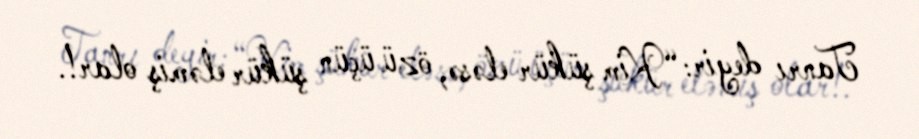
Tanrı deyir: “Kim şükür eləsə, özü üçün şükür eləmiş olar!.